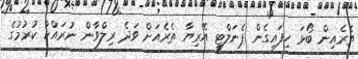
ތެރެއިން ބޯޅަ ހިފައިގެން ޕެނަލްޓީ އޭރިޔާ ތެރެއަށް ވަދެ ރިލްވާން ނުރައްކާ ކުރުމުގެ